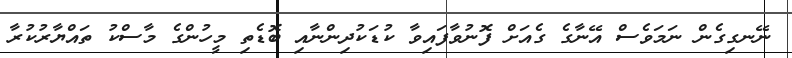
ނޭނގިގެން ނަމަވެސް އޭނާގެ ގެއަށް ފޮނުވާފައިވާ ކުޑަކުދިންނާއި ބޮޑެތި މީހުންގެ މާސްކު ތައްޔާރުކުރާ